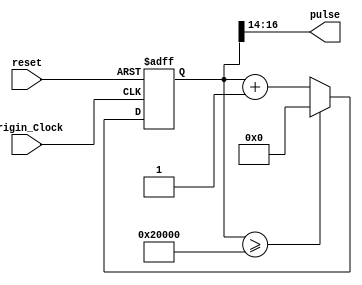
`timescale 1ns / 1ps
//////////////////////////////////////////////////////////////////////////////////
// Company: 
// Engineer: 
// 
// Design Name: 
// Module Name: DisplayPulse
// Project Name: 
// Target Devices: 
// Tool Versions: 
// Description: 
// 
// Dependencies: 
// 
// Revision:
// Revision 0.01 - File Created
// Additional Comments:
// 
//////////////////////////////////////////////////////////////////////////////////


module DisplayPulse(input Origin_Clock, input reset, output [2 : 0] pulse);
	reg [17:0] count;
	
	initial
	begin
		count = 'b0;
	end
	
 	always @(posedge Origin_Clock or posedge reset)
 	begin
		if (reset)
			count <= 'd0;  		
		else 
		begin
			if(count >= 'd131072)
				count <= 'd0;
			else
				count <= count + 'd1;
		end
	end
	
 	assign	pulse = count[16 : 14];
 	
endmodule